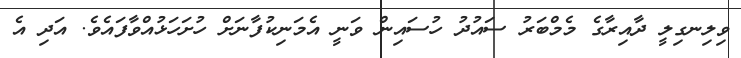
ވިލިނގިލީ ދާއިރާގެ މެމްބަރު ސައުދު ހުސައިން ވަނީ އެމަނިކުފާނަށް ހުށަހަޅުއްވާފައެވެ. އަދި އެ